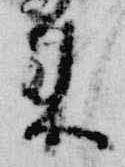
来